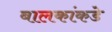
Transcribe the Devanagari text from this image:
बालकांकडे